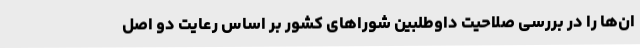
ان‌ها را در بررسی صلاحیت داوطلبین شورا‌های کشور بر اساس رعایت دو اصل